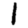
Digit: 1